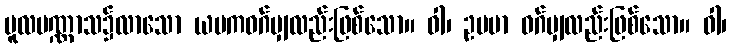
မူလပဏ္ဏာသ၌လာသော ယမကဝဂ်မျှလည်းဖြစ်သော။ ဝါ၊ ဥပမာ ဝဂ်မျှလည်းဖြစ်သော။ ဝါ၊